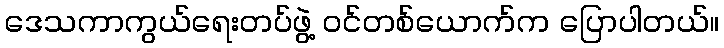
ဒေသကာကွယ်ရေးတပ်ဖွဲ့ ဝင်တစ်ယောက်က ပြောပါတယ်။